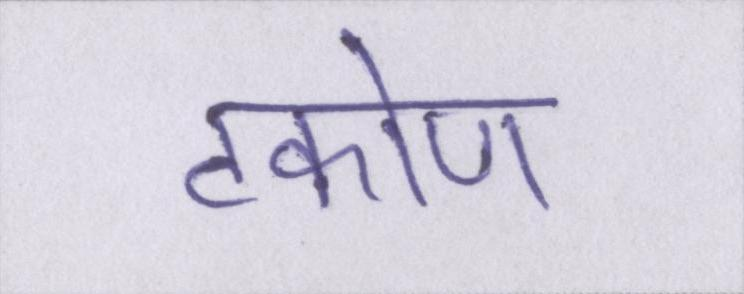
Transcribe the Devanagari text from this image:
टकोण